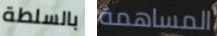
بالسلطة المساهمة